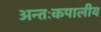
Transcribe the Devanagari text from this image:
अन्तःकपालीय